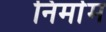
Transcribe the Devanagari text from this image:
निर्माम